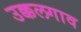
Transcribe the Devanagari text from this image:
उक्कलगाव